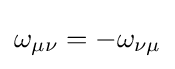
\omega _{\mu \nu }=-\omega _{\nu \mu }